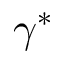
\gamma ^ { * }